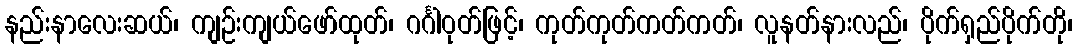
နည်းနာလေးဆယ်၊ ကျဉ်းကျယ်ဖော်ထုတ်၊ ဂင်္ဂါဝုတ်ဖြင့်၊ ကုတ်ကုတ်ကတ်ကတ်၊ လူနတ်နားလည်၊ ပိုက်ရှည်ပိုက်တို၊